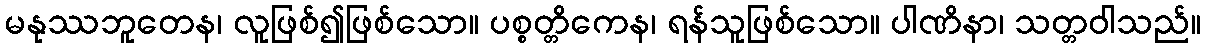
မနုဿဘူတေန၊ လူဖြစ်၍ဖြစ်သော။ ပစ္စတ္တိကေန၊ ရန်သူဖြစ်သော။ ပါဏိနာ၊ သတ္တဝါသည်။